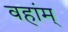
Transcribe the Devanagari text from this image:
वहांम्